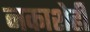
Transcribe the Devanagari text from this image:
नकाशेही